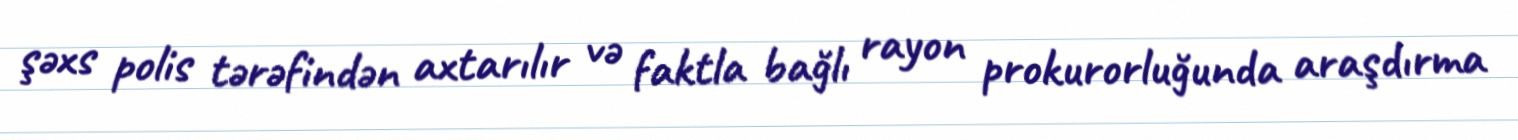
şəxs polis tərəfindən axtarılır və faktla bağlı rayon prokurorluğunda araşdırma